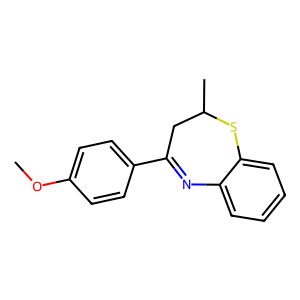
SMILES: COc1ccc(C2=Nc3ccccc3SC(C)C2)cc1
Inhibits HIV replication: No